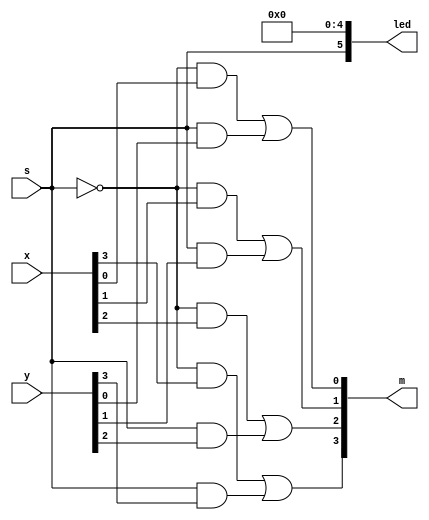
module mux2to1(x, y, s, m, led);
input [3:0] x, y;
input s;
output [3:0] m;
output [9:4] led;

assign m[0] = (~s&x[0]) | (s&y[0]);
assign m[1] = (~s&x[1]) | (s&y[1]);
assign m[2] = (~s&x[2]) | (s&y[2]);
assign m[3] = (~s&x[3]) | (s&y[3]);

assign led[9] = s;
assign led[8:4] = 0;

endmodule